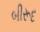
બીરૂદ